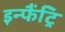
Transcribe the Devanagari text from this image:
इन्फैंट्रि